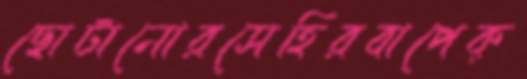
ছোটানোরসেহিরবাপেক্